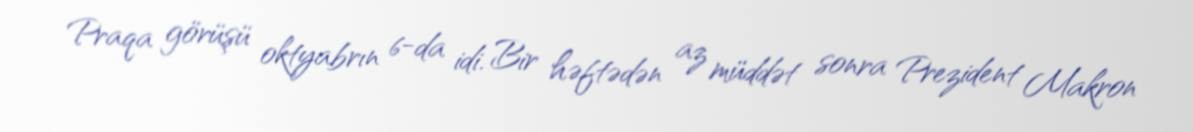
Praqa görüşü oktyabrın 6-da idi. Bir həftədən az müddət sonra Prezident Makron